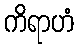
ကိရာဟံ